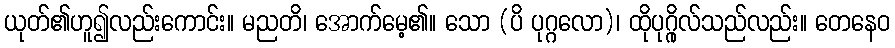
ယုတ်၏ဟူ၍လည်းကောင်း။ မညတိ၊ အောက်မေ့၏။ သော (ပိ ပုဂ္ဂလော)၊ ထိုပုဂ္ဂိုလ်သည်လည်း။ တေနေဝ